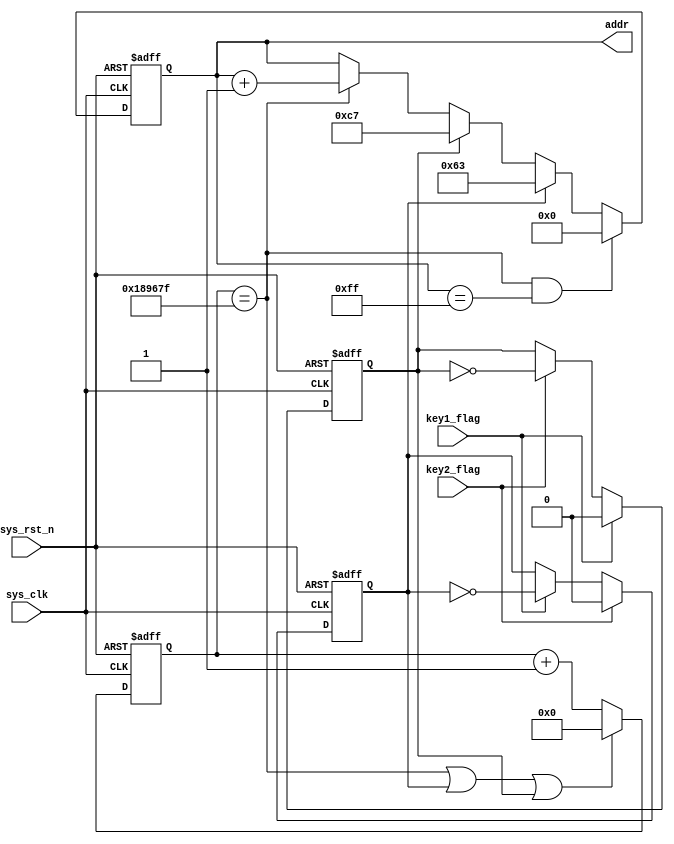
module  rom_ctrl
#(
    parameter   CNT_MAX = 23'd9_999_999
    
)
(
    input   wire        sys_clk     ,
    input   wire        sys_rst_n   ,
    input   wire        key1_flag   ,
    input   wire        key2_flag   ,
    
    output  reg  [7:0]  addr

);

reg     addr_flag1;
reg     addr_flag2;
reg     [23:0]  cnt_200ms;

always@(posedge sys_clk or negedge sys_rst_n)
    if(sys_rst_n == 1'b0)
        addr_flag1 <= 1'b0;
    else    if(key2_flag == 1'b1)
        addr_flag1 <= 1'b0;
    else    if(key1_flag == 1'b1)
        addr_flag1 <= ~addr_flag1;
    else
        addr_flag1 <= addr_flag1;
        
always@(posedge sys_clk or negedge sys_rst_n)
    if(sys_rst_n == 1'b0)
        addr_flag2 <= 1'b0;
    else    if(key1_flag == 1'b1)
        addr_flag2 <= 1'b0;
    else    if(key2_flag == 1'b1)
        addr_flag2 <= ~addr_flag2;
    else
        addr_flag2 <= addr_flag2;
        
always@(posedge sys_clk or negedge sys_rst_n)
    if(sys_rst_n == 1'b0)    
        cnt_200ms <= 23'd0;
    else    if(cnt_200ms == CNT_MAX || addr_flag1 == 1'b1 
                || addr_flag2 == 1'b1)
        cnt_200ms <= 1'b0;
    else
        cnt_200ms <= cnt_200ms + 1'b1;

always@(posedge sys_clk or negedge sys_rst_n)
    if(sys_rst_n == 1'b0)    
        addr <= 8'd0;
    else   if(cnt_200ms == CNT_MAX && addr == 8'd255)
        addr <= 8'd0;
    else    if(addr_flag1 == 1'b1)
        addr <= 8'd99;
    else    if(addr_flag2 == 1'b1)
        addr <= 8'd199;
    else    if(cnt_200ms == CNT_MAX)
        addr <= addr + 1'b1;
    
        
        
endmodule